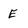
Character: E